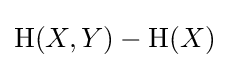
\mathrm {H} (X,Y)-\mathrm {H} (X)